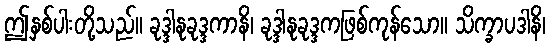
ဤနှစ်ပါးတို့သည်။ ခုဒ္ဒါနုခုဒ္ဒကာနိ၊ ခုဒ္ဒါနုခုဒ္ဒကဖြစ်ကုန်သော။ သိက္ခာပဒါနိ၊